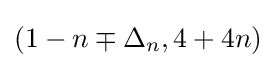
(1-n\mp \Delta _{n},4+4n)